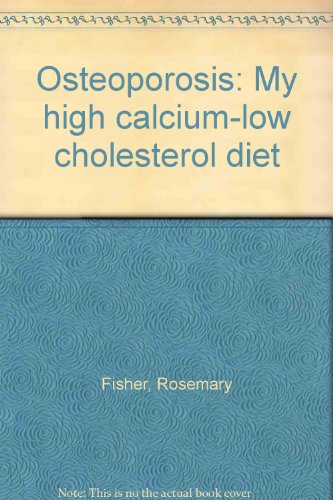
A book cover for Osteoporosis: My high calcium-low cholesterol diet; Rosemary Fisher; Health, Fitness & Dieting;